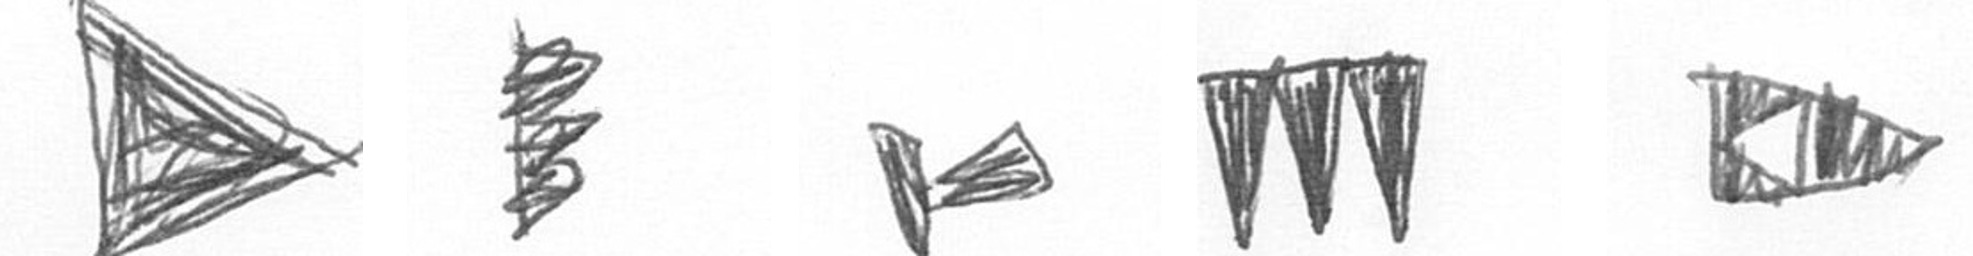
T H F L K